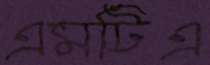
এমটিএ